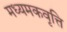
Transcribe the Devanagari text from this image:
मध्यमकवृत्ति